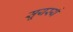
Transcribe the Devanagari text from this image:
सूयर्स्य